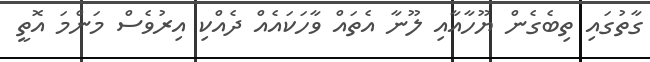
ގާތުގައި ތިބެގެން ޔޫހާއާއި ލޫނާ އެތައް ވާހަކައެއް ދެއްކި އިރުވެސް މަންމަ އޮތީ